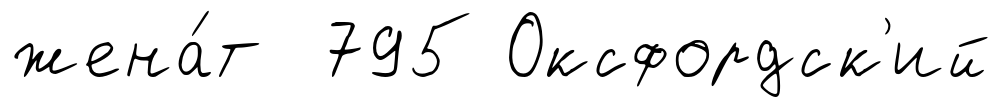
жена́т 795 Оксфордск'ий